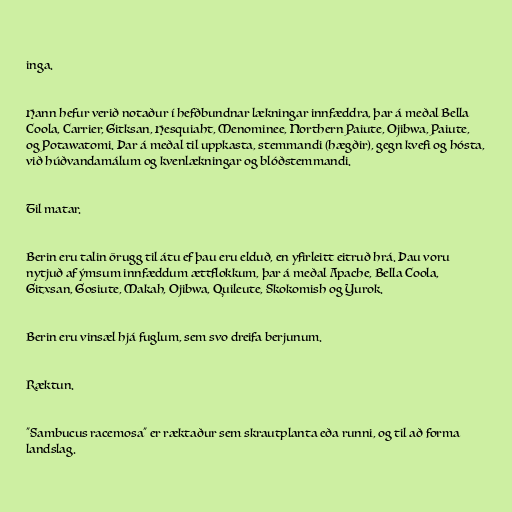
inga.

Hann hefur verið notaður í hefðbundnar lækningar innfæddra, þar á meðal Bella
Coola, Carrier, Gitksan, Hesquiaht, Menominee, Northern Paiute, Ojibwa, Paiute,
og Potawatomi. Þar á meðal til uppkasta, stemmandi (hægðir), gegn kvefi og hósta,
við húðvandamálum og kvenlækningar og blóðstemmandi.

Til matar.

Berin eru talin örugg til átu ef þau eru elduð, en yfirleitt eitruð hrá. Þau voru
nytjuð af ýmsum innfæddum ættflokkum, þar á meðal Apache, Bella Coola,
Gitxsan, Gosiute, Makah, Ojibwa, Quileute, Skokomish og Yurok.

Berin eru vinsæl hjá fuglum, sem svo dreifa berjunum.

Ræktun.

"Sambucus racemosa" er ræktaður sem skrautplanta eða runni, og til að forma
landslag.